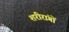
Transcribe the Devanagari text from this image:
शरीरांगों